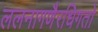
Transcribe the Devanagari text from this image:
ललनागणैरधिगतो